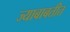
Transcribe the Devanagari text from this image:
ज्याबाबतीत